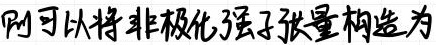
刚可以将非极化强子张量构造为